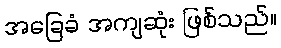
အခြေခံ အကျဆုံး ဖြစ်သည်။